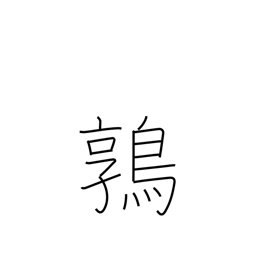
Meaning: quail